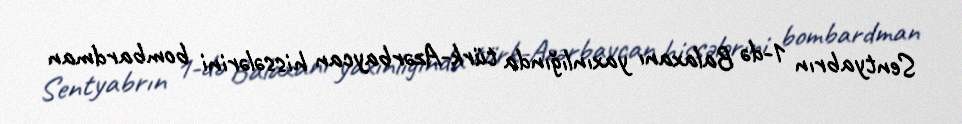
Sentyabrın 1-də Balaxanı yaxınlığında türk-Azərbaycan hissələrini bombardman